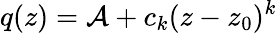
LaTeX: q(z)=\mathcal{A}+c_{k}(z-z_{0})^{k}